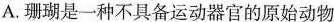
A.珊瑚是一种不具备运动器官的原始动物